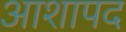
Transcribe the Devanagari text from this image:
आशापद